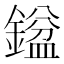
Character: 𮢼